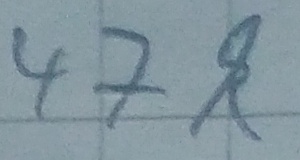
Text: 47k